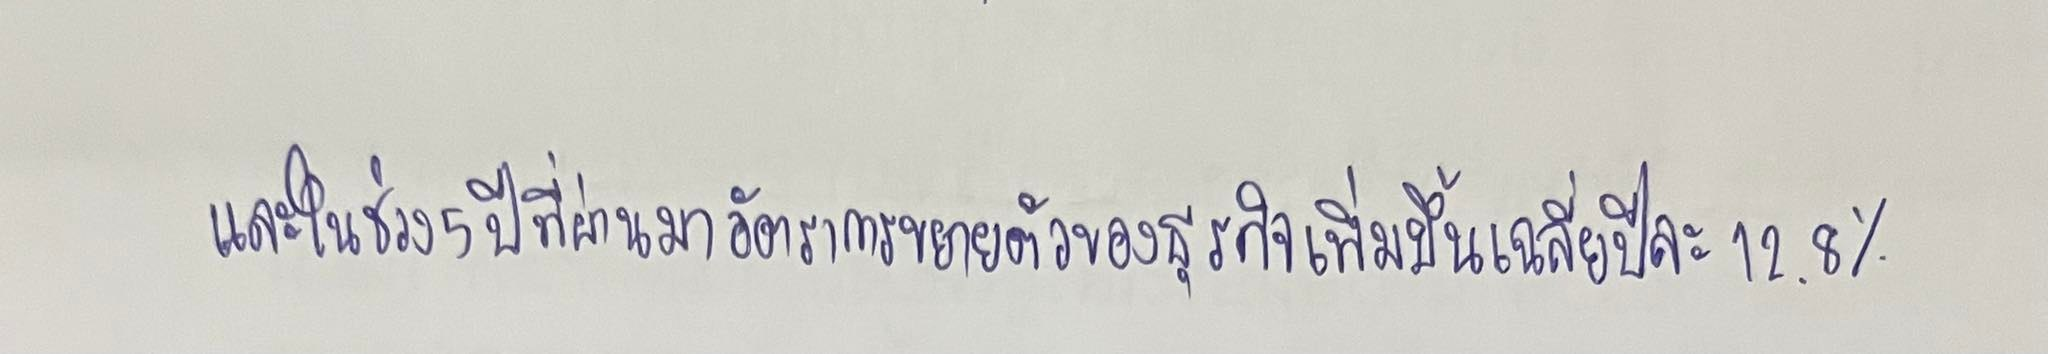
และในช่วง5ปีที่ผ่านมาอัตราการขยายตัวของธุรกิจเพิ่มขึ้นเฉลี่ยปีละ12.8%